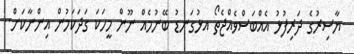
ޔާސިރުގެ ދަރިފުޅު އެއްބަސްވެއްޖެތޯ އޅުގަނޑު ބޭނުމެއް ނޫން މީހަކަ ގަދަކަމުން އިންނާކަށް..